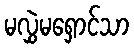
မလွှဲမရှောင်သာ